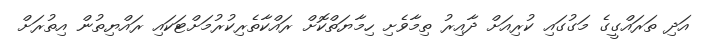
އަދި ތަރައްގީގެ މަގުގައި ކުރިއަށް ދާއިރު ތިމާވެށި ހިމާޔަތްކޮށް ރައްކާތެރިކުރުމަށްޓަކައި ރައްޔިތުން އިތުރަށް